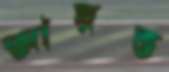
আয়ত্ত